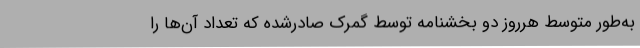
به‌طور متوسط هرروز دو بخشنامه توسط گمرک صادرشده که تعداد آن‌ها را